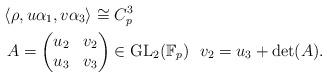
LaTeX: \begin{align*} &\left\langle \rho, u\alpha_{1}, v\alpha_{3} \right\rangle \cong C_{p}^{3} \\ & \ A=\begin{pmatrix} u_{2} & v_{2} \\ u_{3} & v_{3} \end{pmatrix}\in \mathrm{GL}_{2}(\mathbb{F}_{p}) \ \ v_{2}=u_{3}+\mathrm{det}(A).\end{align*}